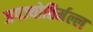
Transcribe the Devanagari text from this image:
जगज्योतिर्मल्ल